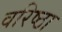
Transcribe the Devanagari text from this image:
वरिष्ठा